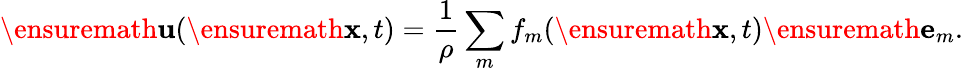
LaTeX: \ensuremath{\mathbf{u}}(\ensuremath{\mathbf{x}},t)=\frac 1\rho\sum_{m}f_{m}(\ensuremath{\mathbf{x}},t)\ensuremath{\mathbf{e}}_{m}.